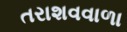
તરાશવવાળા